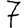
Digit: 7